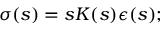
\begin{array} { r } { \sigma ( s ) = s K ( s ) { \epsilon } ( s ) ; } \end{array}